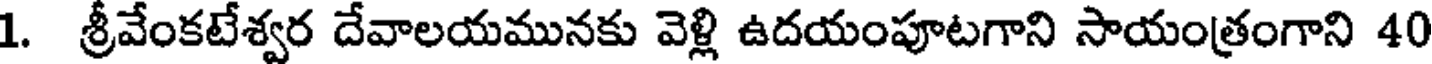
1. శ్రీవేంకటేశ్వర దేవాలయమునకు వెళ్లి ఉదయంపూటగాని సాయంత్రంగాని 40